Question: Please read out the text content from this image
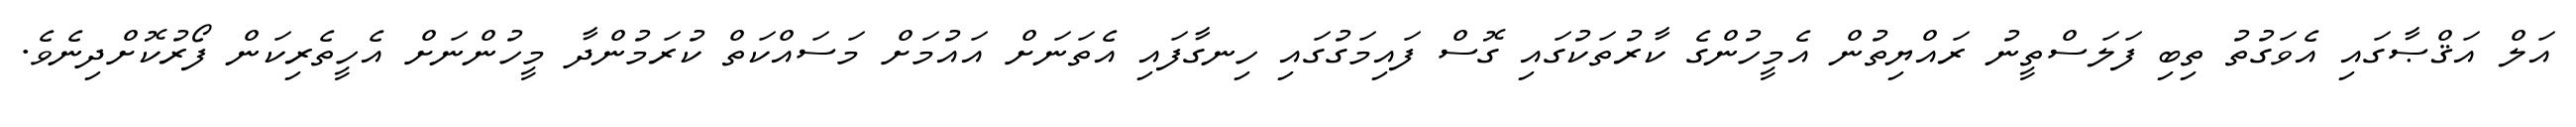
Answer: އަލް އަޤްޞާގައި އެވަގުތު ތިބި ފަލަސްތީނު ރައްޔިތުން އެމީހުންގެ ކާރުތަކުގައި ގޮސް ފައިމަގުގައި ހިނގާފައި އެތަނަށް އައުމަށް މަސައްކަތް ކުރަމުންދާ މީހުންނަށް އެހީތެރިކަން ފޯރުކޮށްދިނެވެ.